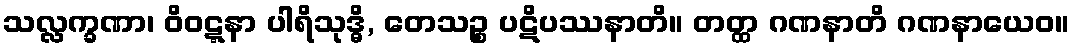
သလ္လက္ခဏာ၊ ဝိဝဋ္ဋနာ ပါရိသုဒ္ဓိ, တေသဉ္စ ပဋိပဿနာတိ။ တတ္ထ ဂဏနာတိ ဂဏနာယေဝ။